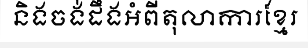
និងចង់ដឹងអំពីតុលាការខ្មែរ